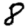
Digit: 8